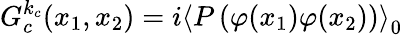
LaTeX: G_{c}^{k_{c}}(x_{1},x_{2})=i\left\langle P\left(\varphi(x_{1})\varphi(x_{2})\right)\right\rangle_{0}